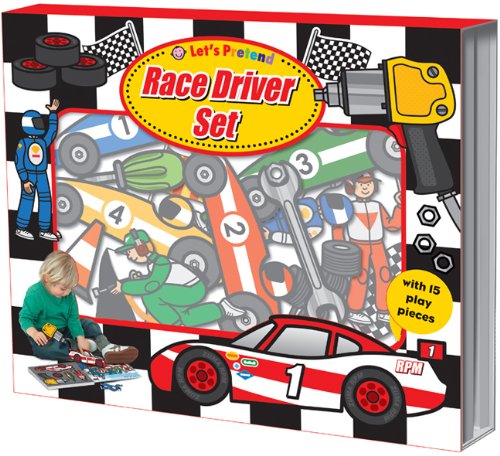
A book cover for Let's Pretend Race Driver Set; Roger Priddy; Engineering & Transportation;